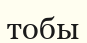
тобы